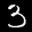
Label: 3